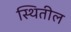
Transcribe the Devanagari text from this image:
स्थितील